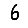
Digit: 6